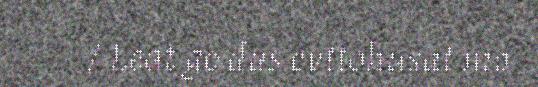
/ Leat go dus evttohusat mo